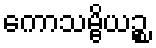
ကောသမ္ဗိယဉ္စ